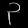
Digit: ၃